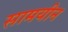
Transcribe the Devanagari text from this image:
सामयीन